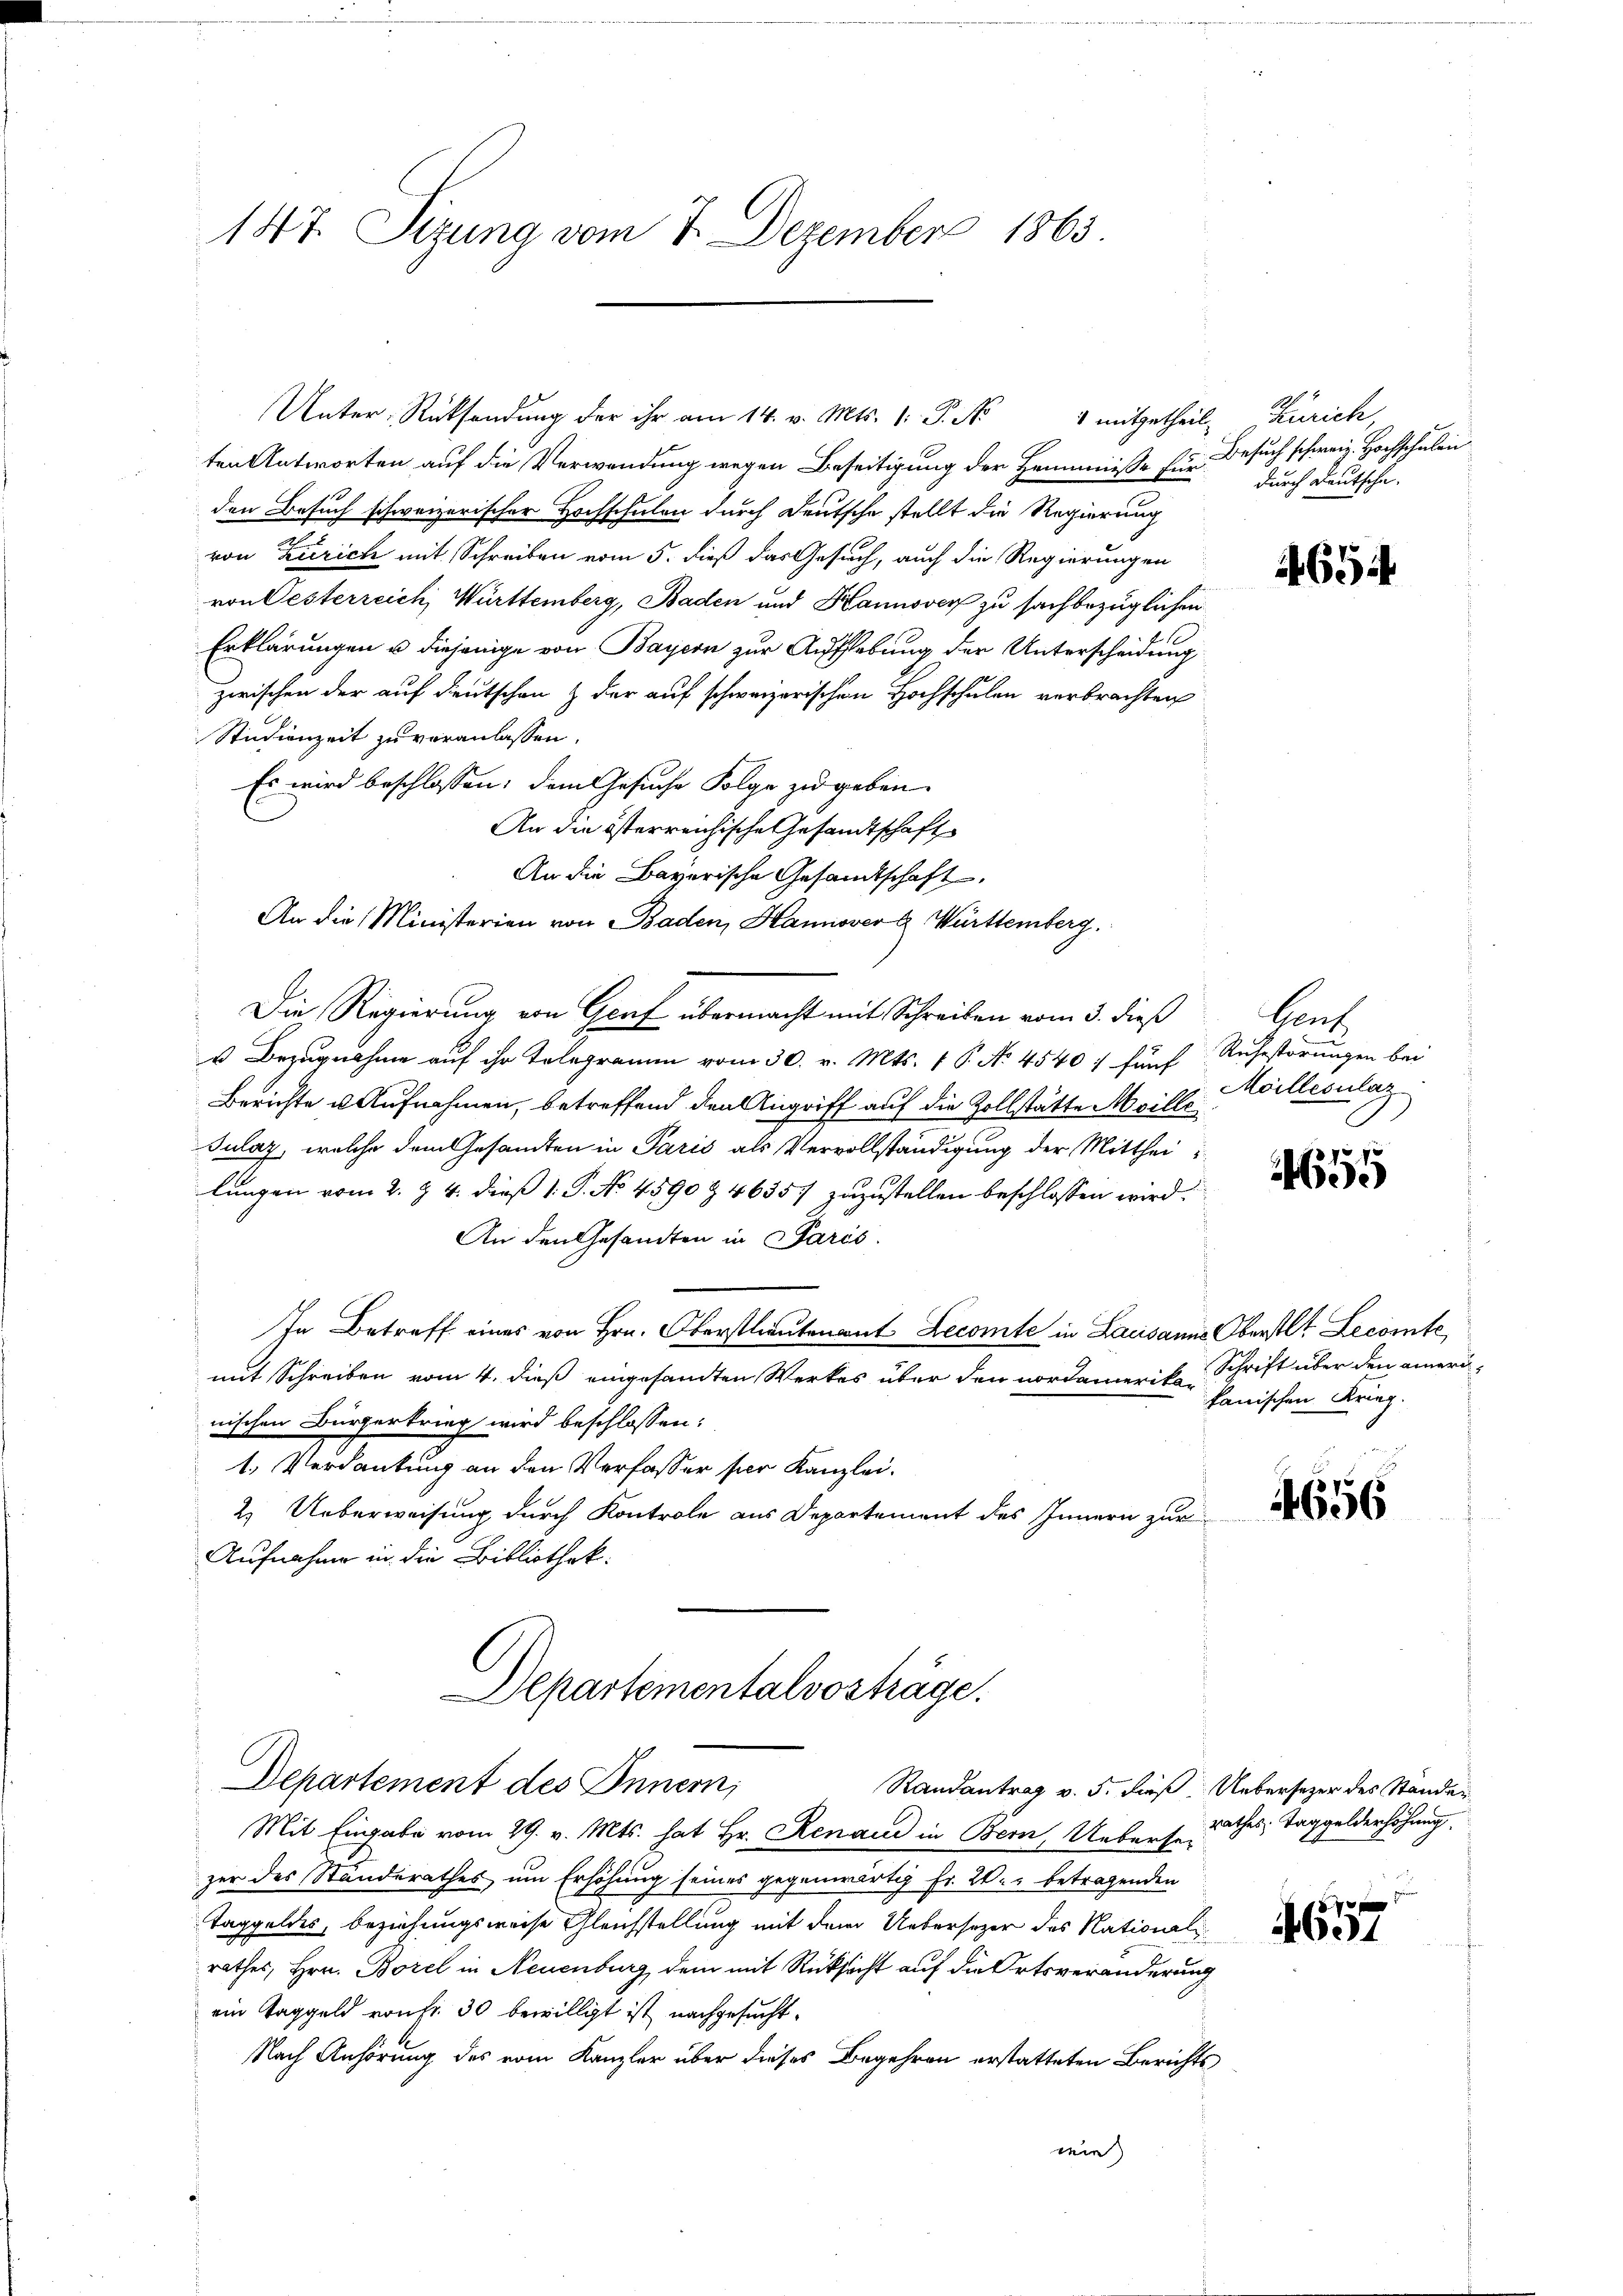
147. Sizung vom 7. Dezember 1863

Unter-Rücksendung der ihr am 14. v. Mts. 1. P. Nr. 4 mitgetheil, Zürich
ten Antworten auf die Verwendung wegen Beseitigung der Hemmniße Ein Besuch schweiz. Hochschulen
den Besuch schweizerischer Hochschulen durch Deutsche stellt die Regierung
von Zürich mit Schreiben vom 5. dieß das Gesuch, auch die Regierungen
von Oesterreich Württemberg, Baden und Hannover zu sachbezüglichen
Erklärungen u diejenige von Bayern zur Aufhebung der Unterscheidung
zwischen der auf deutschen & der auf schweizerischen Hochschulen verbrachten
Studienzeit zu veranlassen.
Es wird beschlossen; dem Gesuche Folge zu geben.
An die österreichische Gesandtschaft
An die Bayerische Gesandtschaft.
An die Ministerien von Baden, Hannover & Württemberg.
Die Regierung von Graf übermacht mit Schreiben vom 3. dieß
u Bezugnahme auf ihr Telegramm vom 30. v. Mts. 1 P. No. 4540: fünf Ruhestörungen bei
Berichte u. Aufnahmen, betreffend den Angriff auf die Zollstätte Meille
Sulaz, welche dem Gesandten in Paris als Vervollständigung der Mitthei
lungen vom 2. Z. 4. dieß 1. P. No 4590 & 4635. zuzustellen beschlossen wird.
An den Gesandten in Paris.
In Betreff eines von Hrn. Oberstlieutenant Lecomte in Lausanne Oberstlt Lecomte
mit Schreiben vom 4. dieß eingesandten Werkes über den nordamerik, Schrift über den eineri
nischen Bürgerkrieg wird beschlossen:
1. Verdankung an den Verfasser ser Kanzlei.
2. Ueberweisung durch Kontrole aus Departement des Innern zur
Aufnahme in die Bibliothek.
Departementalvosträge.
Departement des Innern,
Randantrag v. 5. dieß Uebersezer des Ständen
Mit Eingabe vom 29. v. Mts. hat Hr. Renaud in Bern, Uebersezer des Standerathes um Erhöhung seines gegenwärtig Fr. 20. betragenden
Taggeldes, beziehungsweise Gleichstellung mit dem Uebersezer des National
rathes, Hrn. Borel in Neuenburg, dem mit Rücksicht auf die Ortsveränderung
ein Taggeld von fr. 30 bewilligt ist nachgesucht.
Nach Anhörung des vom Kanzler über dieses Begehren erstatteten Berichts
wie

durch Deutsche.

654

bauf
Moillesulaz

655

kanischen Krieg.

4656

rathes Taggelderhöhung.

657